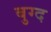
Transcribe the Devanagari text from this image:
बुग्द